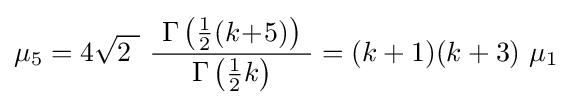
\mu _{5}=4{\sqrt {2\ }}\ {\frac {\ \Gamma \left({\tfrac {1}{2}}(k\!+\!5)\right)\ }{\Gamma \left({\tfrac {1}{2}}k\right)}}=(k+1)(k+3)\ \mu _{1}\